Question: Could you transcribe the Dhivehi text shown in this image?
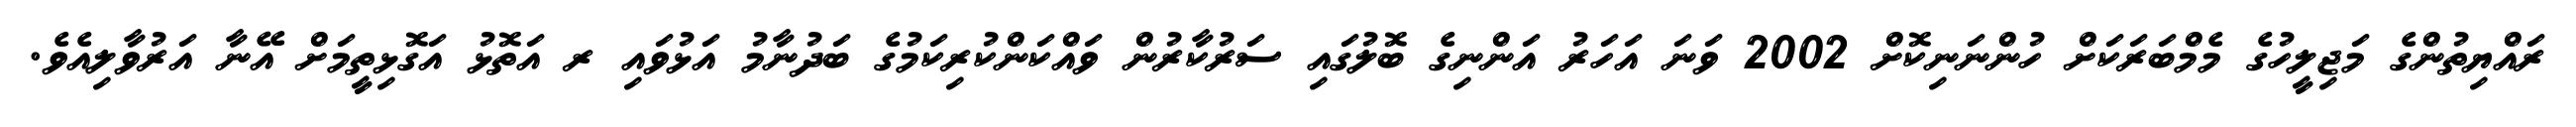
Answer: ރައްޔިތުންގެ މަޖިލީހުގެ މެމްބަރަކަށް ހުންނަނިކޮށް 2002 ވަނަ އަހަރު އަންނިގެ ބޮލުގައި ސަރުކާރުން ވައްކަންކުރިކަމުގެ ބަދުނާމު އަޅުވައި ރ އަތޮޅު އަގޮޅިތީމަށް އޭނާ އަރުވާލިއެވެ.